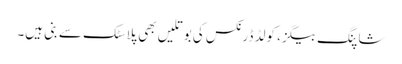
شاپنگ بیگز، کولڈ ڈرنکس کی بوتلیں بھی پلاسٹک سے بنی ہیں۔